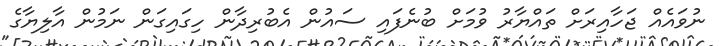
ނުވައެއް ޖަހާއިރަށް ތައްޔާރު ވުމަށް ބުނެފައި ސައުން އެބުރިދާން ހިގައިގަން ނަމުން އާލިޔާގެ